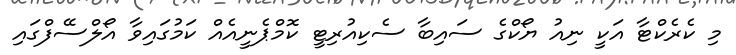
މި ކެރެކްޓާ އަކީ ނިއު ޔޯކްގެ ސައިބާ ސެކިއުރިޓީ ކޮމްޕެނީއެއް ކަމުގައިވާ އޯލްސޭފްގައި